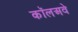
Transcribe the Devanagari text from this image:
कॉलअवे